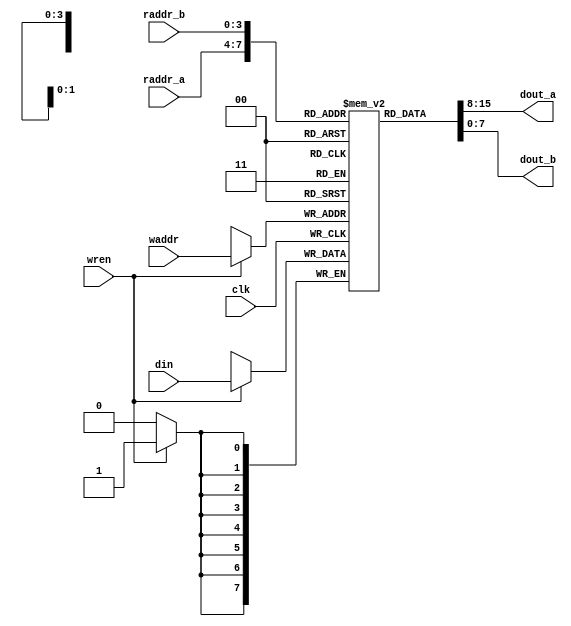
module regfile_2r1w_behav (
	input				clk,
	input				wren,
	input  [7:0]	din,
	input  [3:0]	raddr_a,
	input  [3:0]	raddr_b,
	input  [3:0]	waddr,
	output [7:0]	dout_a,
	output [7:0]	dout_b
	);
	
	reg [7:0] reg_array [0:15];
	
	always @(posedge clk)
		if (wren)
			reg_array[waddr] <= din;
	
	assign dout_a = reg_array[raddr_a];
	assign dout_b = reg_array[raddr_b];
	
endmodule